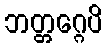
ဘတ္တဂ္ဂေပိ